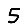
Digit: 5